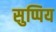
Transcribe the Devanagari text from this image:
सुप्पिय